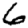
Digit: 6